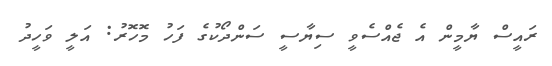
ރައީސް ޔާމީން އެ ޖެއްސެވީ ސިޔާސީ ސަންދޯކުގެ ފަހު މޮހޮރު: އަލީ ވަހީދު